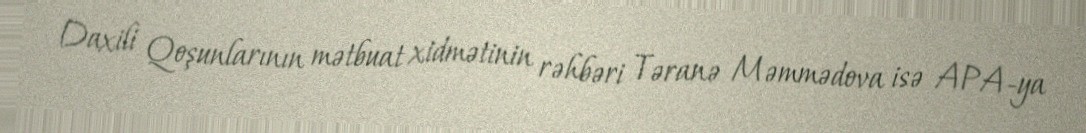
Daxili Qoşunlarının mətbuat xidmətinin rəhbəri Təranə Məmmədova isə APA-ya